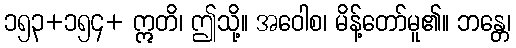
၁၅၃+၁၅၄+ ဣတိ၊ ဤသို့။ အဝေါစ၊ မိန့်တော်မူ၏။ ဘန္တေ၊